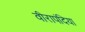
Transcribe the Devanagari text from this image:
वीरापंदिया